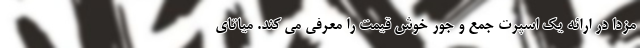
مزدا در ارائه یک اسپرت جمع و جور خوش قیمت را معرفی می کند. میاتای